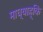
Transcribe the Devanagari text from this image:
माध्याह्कि